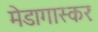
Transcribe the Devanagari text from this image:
मेडागास्करः